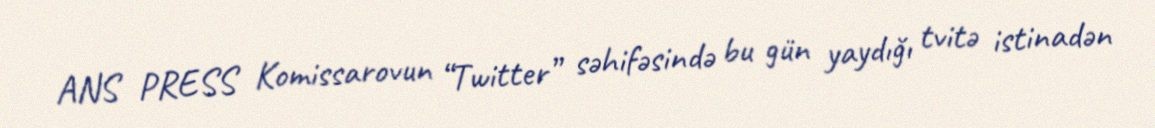
ANS PRESS Komissarovun “Twitter” səhifəsində bu gün yaydığı tvitə istinadən